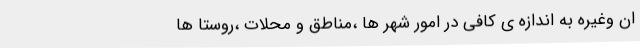
ان وغیره به اندازه ی کافی در امور شهر ها ،مناطق و محلات ،روستا ها